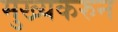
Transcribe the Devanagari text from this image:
मुख्यकरुन